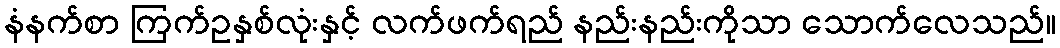
နံနက်စာ ကြက်ဥနှစ်လုံးနှင့် လက်ဖက်ရည် နည်းနည်းကိုသာ သောက်လေသည်။